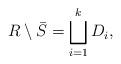
LaTeX: \begin{align*}R\setminus \bar S=\bigsqcup_{i=1}^k D_i,\end{align*}